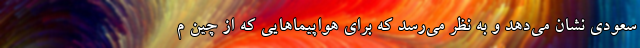
سعودی نشان می‌دهد و به نظر می‌رسد که برای هواپیماهایی که از چین م